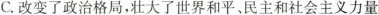
C.改变了政治格局，壮大了世界和平、民主和社会主义力量